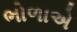
ભોળાએ